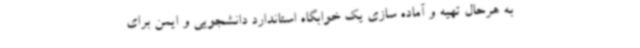
به هرحال تهیه و آماده سازی یک خوابگاه استاندارد دانشجویی و ایمن برای